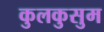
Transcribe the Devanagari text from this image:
कुलकुसुम